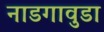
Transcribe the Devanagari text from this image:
नाडगावुडा